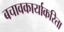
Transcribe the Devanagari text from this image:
बचावकार्याकरिता